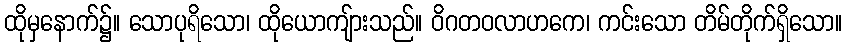
ထိုမှနောက်၌။ သောပုရိသော၊ ထိုယောကျ်ားသည်။ ဝိဂတဝလာဟကေ၊ ကင်းသော တိမ်တိုက်ရှိသော။